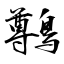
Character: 鷷